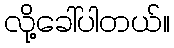
လို့ခေါ်ပါတယ်။